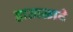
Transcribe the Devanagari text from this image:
हाताळावे